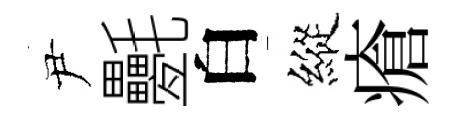
尹氎白縱瘡